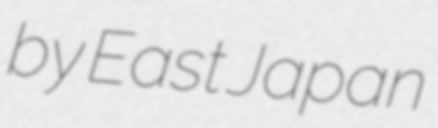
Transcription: by East Japan